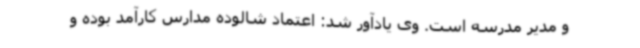
و مدیر مدرسه است. وی یادآور شد: اعتماد شالوده مدارس کارآمد بوده و